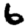
Digit: 6